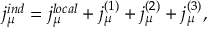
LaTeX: j _ { \mu } ^ { i n d } = j _ { \mu } ^ { l o c a l } + j _ { \mu } ^ { ( 1 ) } + j _ { \mu } ^ { ( 2 ) } + j _ { \mu } ^ { ( 3 ) } ,